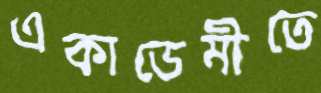
একাডেমীতে